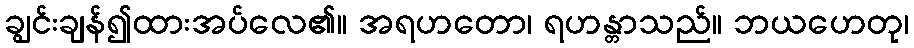
ချွင်းချန်၍ထားအပ်လေ၏။ အရဟတော၊ ရဟန္တာသည်။ ဘယဟေတု၊